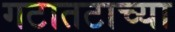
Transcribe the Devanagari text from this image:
गटातटाच्या